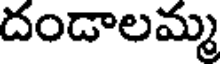
దండాలమ్మ